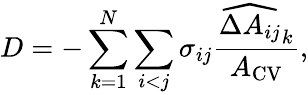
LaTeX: D=-\sum_{k=1}^{N}\sum_{i<j}\sigma_{ij}\frac{\widehat{\Delta A_{ij}}_{k}}{A_{\mathrm{{CV}}}},